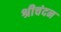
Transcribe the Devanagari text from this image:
श्रीचंदन